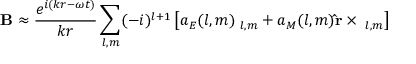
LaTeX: \mathbf { B } \approx { \frac { e ^ { i ( k r - \omega t ) } } { k r } } \sum _ { l , m } ( - i ) ^ { l + 1 } \left[ a _ { E } ( l , m ) \mathbf { \Phi } _ { l , m } + a _ { M } ( l , m ) \mathbf { \hat { r } } \times \mathbf { \Phi } _ { l , m } \right]